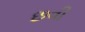
છવી